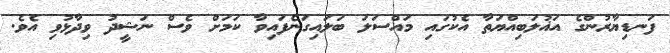
ފަނޑިޔާރުންގެ އަޣުލަބިއްޔަތާ އެކުގައި މައްސަލަ ބަލައިގަނެފައިވާ ކަމަށް ވެސް ނަޝީދު ވިދާޅުވި އެވެ.